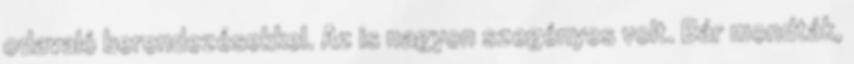
odavaló berendezésekkel. Az is nagyon szegényes volt. Bár mondták,